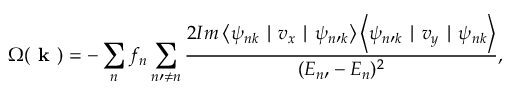
\Omega ( \textbf { k } ) = - \sum _ { n } f _ { n } \sum _ { n \prime \neq n } \frac { 2 I m \left\langle \psi _ { n k } \mid v _ { x } \mid \psi _ { n \prime k } \right\rangle \left\langle \psi _ { n \prime k } \mid v _ { y } \mid \psi _ { n k } \right\rangle } { ( E _ { n \prime } - E _ { n } ) ^ { 2 } } ,